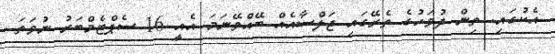
އެކުގައި. ތިން ދުވަހުގެ ތެރޭގައި ޖަލްސާއެއް ބޭއްވޭނަމަ އެއީ 16 ސެޕްޓެމްބަރު ނުވަތަ